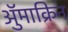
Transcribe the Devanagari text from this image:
ॲुमाक्रिन